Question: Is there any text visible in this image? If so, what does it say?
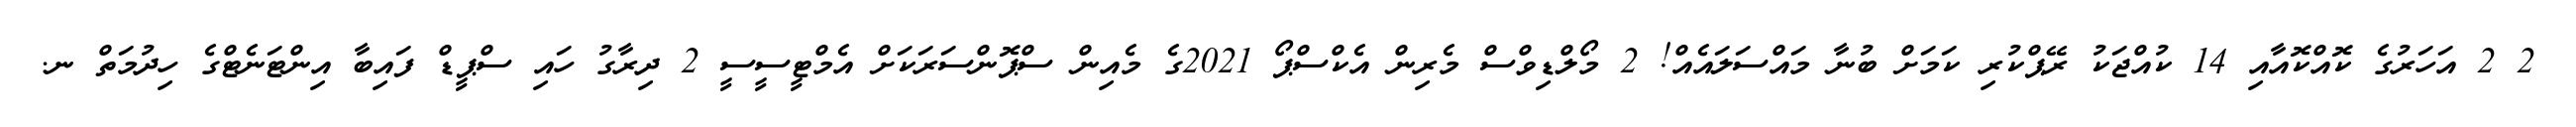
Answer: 2 2 އަހަރުގެ ކޮއްކޮއާއި 14 ކުއްޖަކު ރޭޕްކުރި ކަމަށް ބުނާ މައްސަލައެއް! 2 މޯލްޑިވްސް މެރިން އެކްސްޕޯ 2021ގެ މެއިން ސްޕޮންސަރަކަށް އެމްޓީސީސީ 2 ދިރާގު ހައި ސްޕީޑް ފައިބާ އިންޓަނެޓްގެ ހިދުމަތް ނ.